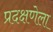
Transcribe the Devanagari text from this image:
प्रदक्षणेला